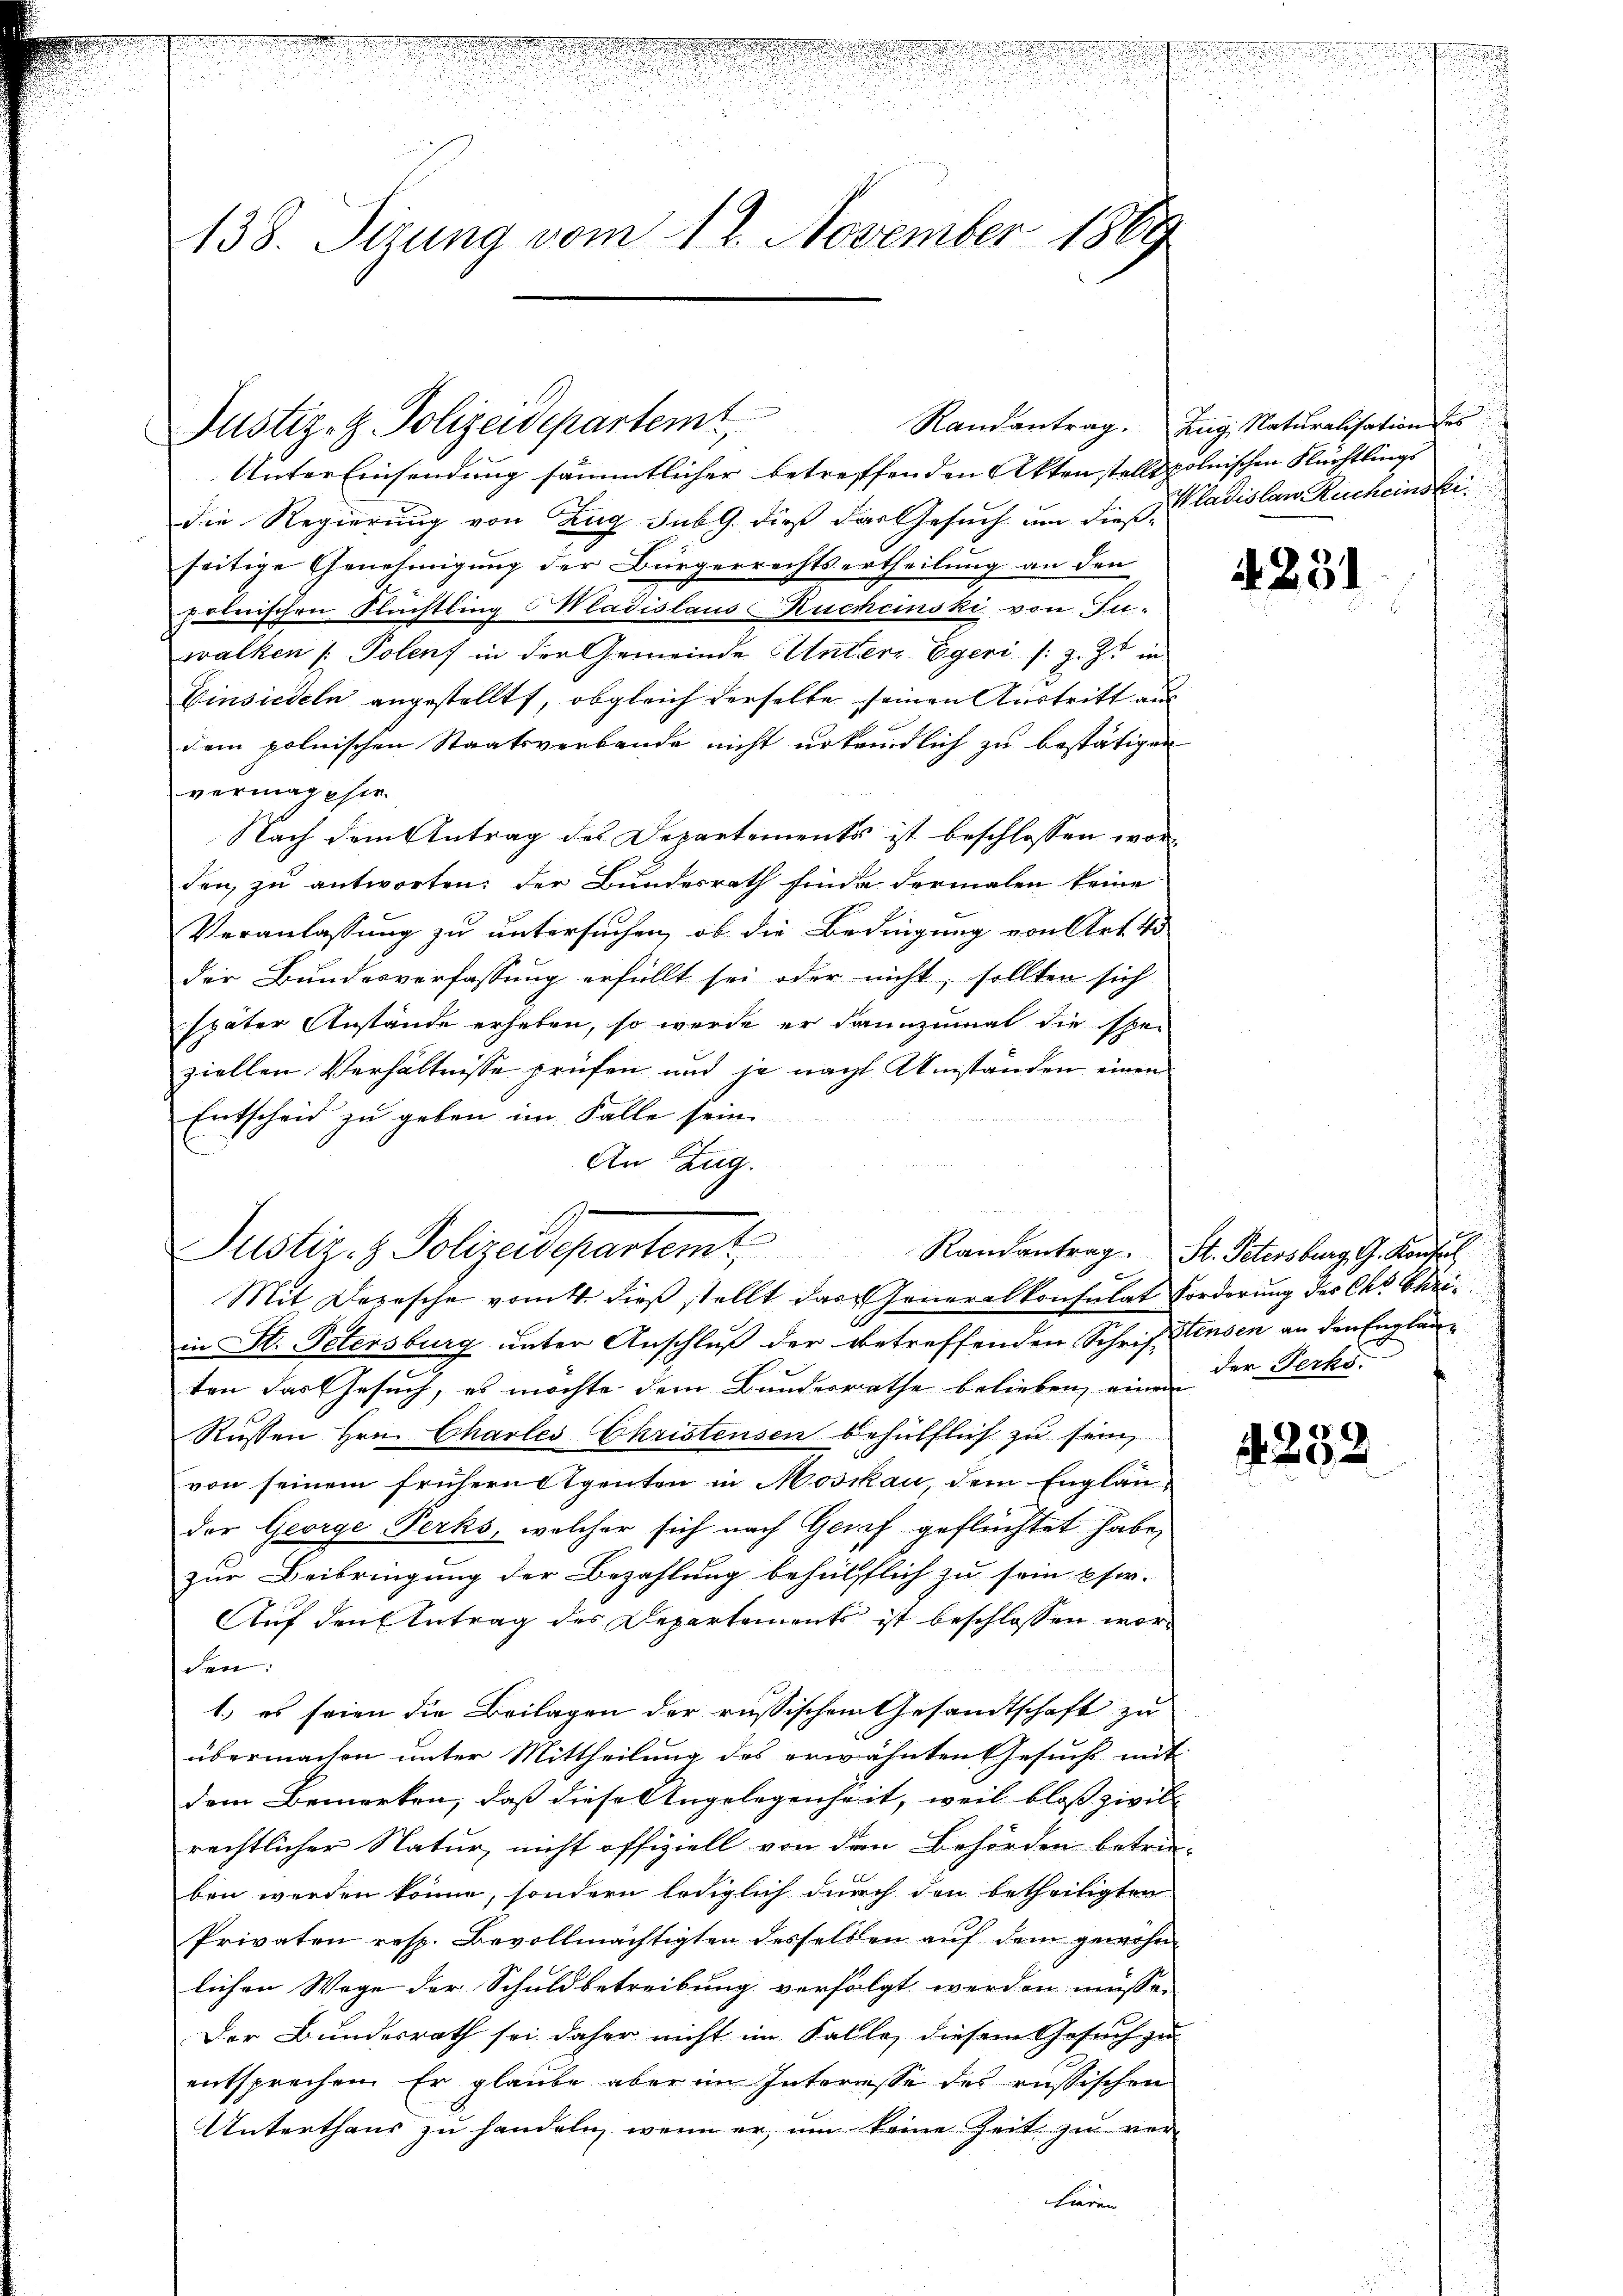
ee eine

138. Sizung vom 12. November 1869

Randantrag.
Justiz- & Polizeidepartemt

Justiz- & Polizeidepartemt
Mit Depesche vom 4. dieß stellt das Generalkonsulat Forderung des Ohr Chri¬

d

Unter Einsendung sämmtlicher betreffenden Aktenstelle polnischen Flüchtlings
die Regierung von Zug sub 9. dieß das Gesuch um die Ladislaw Rucheinstiseitige Genehmigung der Bürgerrechtsertheilung an den
polerischen Flüchtling Wladislaus Rucheinski von Juwalken /: Polen, in der Gemeinde Unter- Egeri s. Z. Z. in
Einsiedeln angestellt, obgleich derselbe seinen Austritt aus
dem polnischen Staatsverbande nicht urteidlich zu bestätigen
vermagste
Nach dem Antrag des Departements ist beschlossen worden zu antworten; der Bundesrath finde dermalen keine
Veranlassung zu untersuchen, ob die Bedingung von Art. 45
der Bundesverfassung erfüllt sei oder nicht, sollten sich
später Anstände erheben, so werde er dannzumal die spe-
ziellen Verhältnisse prüfen und je nach Umständen einen
Entscheid zu geben im Falle sein
An Zug.
in St. Petersburg unter Anschluß der betreffenden Schriftensen an den Engläne
ten das Gesuch, es möchte dem Bundesrathe belieben, einen
Russen Hrn. Charles Christensen behülflich zu sein
von seinem frühern Agenten in Moskau, dem Englan-
der George Perks, welcher sich nach Gerif geflüchtet habe,
zur Beibringung der Bezahlung behülflich zu sein pfer-
Auf den Antrag des Departements ist beschlossen worden:
1.) es seien die Beilagen der russischem Gesandtschaft zu
übermachen unter Mittheilung des erwähnten Gesuchs mit
dem Bemerken, daß diese Angelegenheit, weil bloss zivil- |
rechtlicher Natur, nicht offiziell von den Behörden betrie-
ben werden könne, sondern lediglich durch den betheiligten
Privaten resp. Bevollmächtigten desselben auf dem gewohnlichen Wege der Schuldbetreibung verfolgt werden müssen
Der Bundesrath sei daher nicht im Falle, diesem Gesuch zu
entsprechen. Er glaube aber im Interesse des russischen
Unterthaus zu handeln, wenn er um keine Zeit zu verkieren

Zug, Naturalisation des

4231

Randantrag. St. Petersburg G. Konsul
der Ferko

4252.